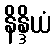
နိန္ဒိယံ